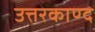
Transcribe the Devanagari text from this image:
उत्तरकाण्द